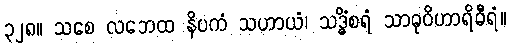
၃၂၈။ သစေ လဘေထ နိပကံ သဟာယံ၊ သဒ္ဓိံစရံ သာဓုဝိဟာရိဓီရံ။